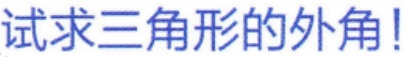
试求三角形的外角!